Indian journal of veterinary science and animal husbandry - Volume 11,
Year: 1941
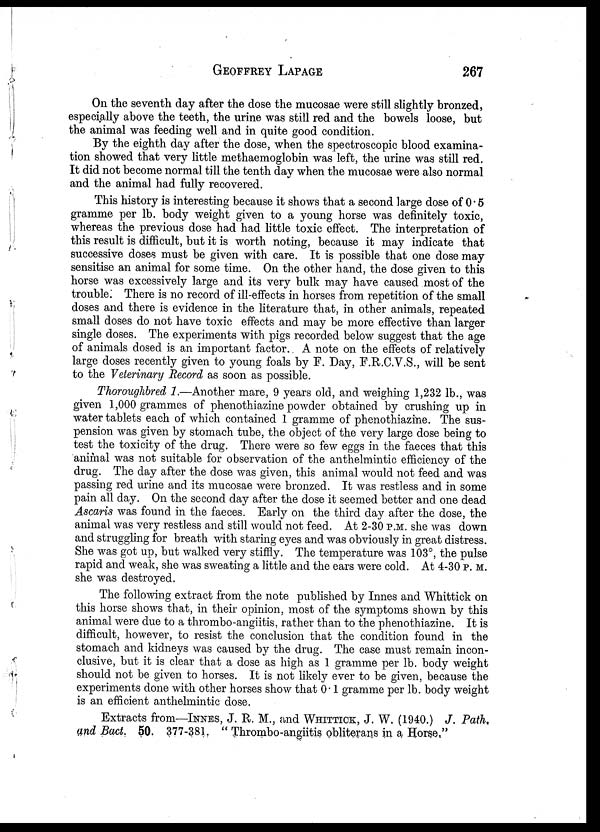
GEOFFREY
LAPAGE
267
On the seventh day after the dose the mucosae were still slightly bronzed,
especially above the teeth, the urine was still red and the bowels loose, but
the animal was feeding well and in quite good condition.
By the eighth day after the dose, when the spectroscopic blood examina-
tion showed that very little methaemoglobin was left, the urine was still red.
It did not become normal till the tenth day when the mucosae were also normal
and the animal had fully recovered.
This history is interesting because it shows that a second large dose of 0. 5
gramme per lb. body weight given to a young horse was definitely toxic,
whereas the previous dose had had little toxic effect. The interpretation of
this result is difficult, but it is worth noting, because it may indicate that
successive doses must be given with care. It is possible that one dose may
sensitise an animal for some time. On the other hand, the dose given to this
horse was excessively large and its very bulk may have caused most of the
trouble. There is no record of ill-effects in horses from repetition of the small
doses and there is evidence in the literature that, in other animals, repeated
small doses do not have toxic effects and may be more effective than larger
single doses. The experiments with pigs recorded below suggest that the age
of animals dosed is an important factor. A note on the effects of relatively
large doses recently given to young foals by F. Day, F.R.C.V.S., will be sent
to the Veterinary Record as soon as possible.
Thoroughbred 1.—Another mare, 9 years old, and weighing 1,232 lb., was
given 1,000 grammes of phenothiazine powder obtained by crushing up in
water tablets each of which contained 1 gramme of phenothiazine. The sus-
pension was given by stomach tube, the object of the very large dose being to
test the toxicity of the drug. There were so few eggs in the faeces that this
animal was not suitable for observation of the anthelmintic efficiency of the
drug. The day after the dose was given, this animal would not feed and was
passing red urine and its mucosae were bronzed. It was restless and in some
pain all day. On the second day after the dose it seemed better and one dead
Ascaris was found in the faeces. Early on the third day after the dose, the
animal was very restless and still would not feed. At 2-30 P.M. she was down
and struggling for breath with staring eyes and was obviously in great distress.
She was got up, but walked very stiffly. The temperature was 103°, the pulse
rapid and weak, she was sweating a little and the ears were cold. At 4-30 P. M.
she was destroyed.
The following extract from the note published by Innes and Whittick on
this horse shows that, in their opinion, most of the symptoms shown by this
animal were due to a thrombo-angiitis, rather than to the phenothiazine. It is
difficult, however, to resist the conclusion that the condition found in the
stomach and kidneys was caused by the drug. The case must remain incon-
clusive, but it is clear that a dose as high as 1 gramme per lb. body weight
should not be given to horses. It is not likely ever to be given, because the
experiments done with other horses show that 0.1 gramme per lb. body weight
is an efficient anthelmintic dose.
Extracts from—INNES, J. R. M., and WHITTICK, J. W. (1940.) J. Path.
and Bact. 50. 377-381. " Thrombo-angiitis obliterans in a Horse."